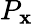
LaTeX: P_{\mathbf{x}}